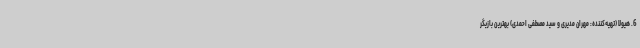
6. هیولا (تهیه‌کننده: مهران مدیری و سید مصطفی احمدی) بهترین بازیگر